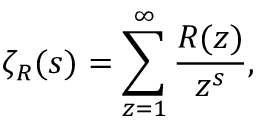
\zeta _ { R } ( s ) = \sum _ { z = 1 } ^ { \infty } { \frac { R ( z ) } { z ^ { s } } } ,